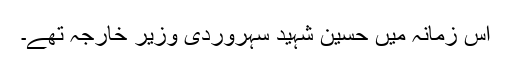
اس زمانہ میں حسین شہید سہروردی وزیر خارجہ تھے۔